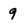
Character: 9